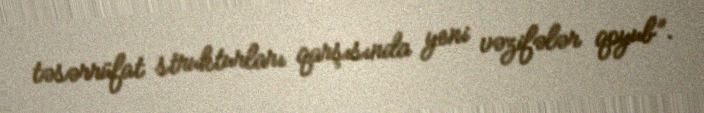
təsərrüfat strukturları qarşısında yeni vəzifələr qoyub”.